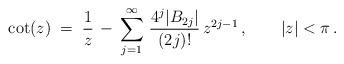
LaTeX: \begin{align*}\cot (z) \; = \; \frac{1}{z} \, - \, \sum_{j=1}^{\infty} \,\frac{4^j \vert B_{2j} \vert}{(2j)!} \, z^{2j-1} \, ,\qquad \vert z \vert < \pi \, .\end{align*}